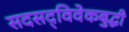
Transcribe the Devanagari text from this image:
सदसद्‌विवेकबुद्धी